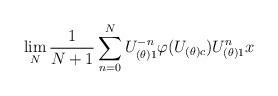
LaTeX: \begin{align*}\lim_N\frac{1}{N+1}\sum_{n=0}^N U_{(\theta)1}^{-n}\varphi(U_{(\theta)c})U_{(\theta)1}^nx\end{align*}